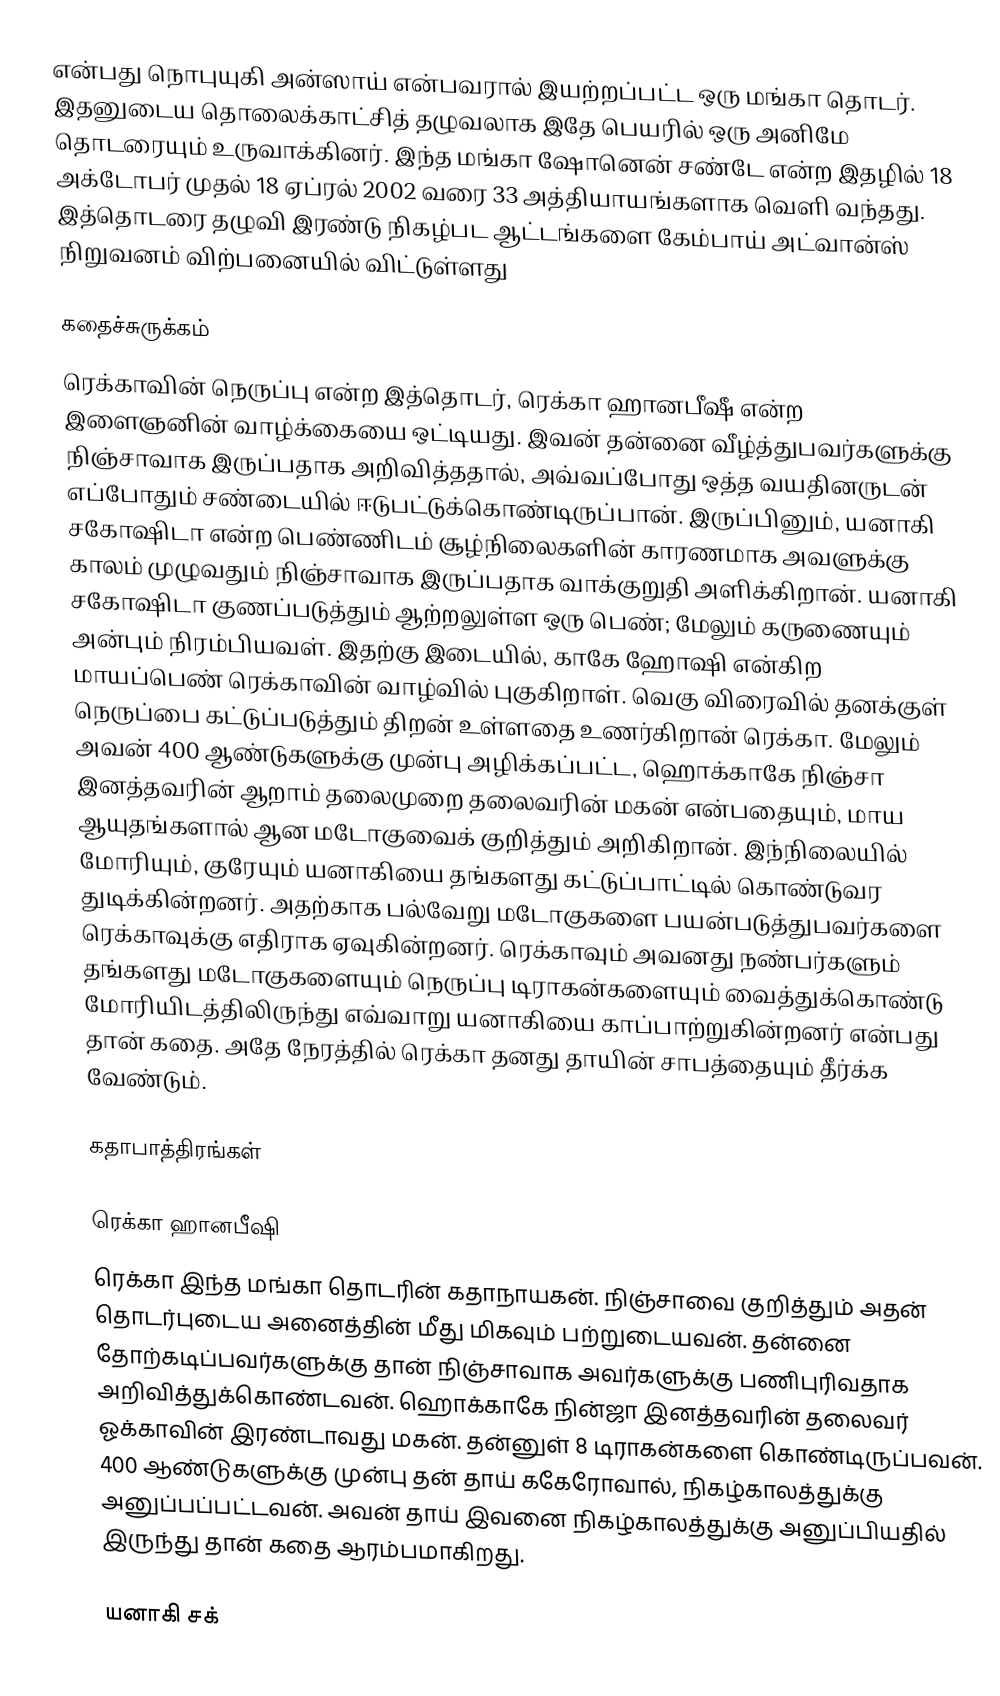
என்பது நொபுயுகி அன்ஸாய் என்பவரால் இயற்றப்பட்ட ஒரு மங்கா தொடர். இதனுடைய தொலைக்காட்சித் தழுவலாக இதே பெயரில் ஒரு அனிமே தொடரையும் உருவாக்கினர். இந்த மங்கா ஷோனென் சண்டே என்ற இதழில் 18 அக்டோபர் முதல் 18 ஏப்ரல் 2002 வரை 33 அத்தியாயங்களாக வெளி வந்தது. இத்தொடரை தழுவி இரண்டு நிகழ்பட ஆட்டங்களை கேம்பாய் அட்வான்ஸ் நிறுவனம் விற்பனையில் விட்டுள்ளது

கதைச்சுருக்கம்
ரெக்காவின் நெருப்பு என்ற இத்தொடர், ரெக்கா ஹானபீஷீ என்ற இளைஞனின் வாழ்க்கையை ஒட்டியது. இவன் தன்னை வீழ்த்துபவர்களுக்கு நிஞ்சாவாக இருப்பதாக அறிவித்ததால், அவ்வப்போது ஒத்த வயதினருடன் எப்போதும் சண்டையில் ஈடுபட்டுக்கொண்டிருப்பான். இருப்பினும், யனாகி சகோஷிடா என்ற பெண்ணிடம் சூழ்நிலைகளின் காரணமாக அவளுக்கு காலம் முழுவதும் நிஞ்சாவாக இருப்பதாக வாக்குறுதி அளிக்கிறான். யனாகி சகோஷிடா குணப்படுத்தும் ஆற்றலுள்ள ஒரு பெண்; மேலும் கருணையும் அன்பும் நிரம்பியவள். இதற்கு இடையில், காகே ஹோஷி என்கிற மாயப்பெண் ரெக்காவின் வாழ்வில் புகுகிறாள். வெகு விரைவில் தனக்குள் நெருப்பை கட்டுப்படுத்தும் திறன் உள்ளதை உணர்கிறான் ரெக்கா. மேலும் அவன் 400 ஆண்டுகளுக்கு முன்பு அழிக்கப்பட்ட, ஹொக்காகே நிஞ்சா இனத்தவரின் ஆறாம் தலைமுறை தலைவரின் மகன் என்பதையும், மாய ஆயுதங்களால் ஆன மடோகுவைக் குறித்தும் அறிகிறான். இந்நிலையில் மோரியும், குரேயும் யனாகியை தங்களது கட்டுப்பாட்டில் கொண்டுவர துடிக்கின்றனர். அதற்காக பல்வேறு மடோகுகளை பயன்படுத்துபவர்களை ரெக்காவுக்கு எதிராக ஏவுகின்றனர். ரெக்காவும் அவனது நண்பர்களும் தங்களது மடோகுகளையும் நெருப்பு டிராகன்களையும் வைத்துக்கொண்டு மோரியிடத்திலிருந்து எவ்வாறு யனாகியை காப்பாற்றுகின்றனர் என்பது தான் கதை. அதே நேரத்தில் ரெக்கா தனது தாயின் சாபத்தையும் தீர்க்க வேண்டும்.

கதாபாத்திரங்கள்

ரெக்கா ஹானபீஷி
ரெக்கா இந்த மங்கா தொடரின் கதாநாயகன். நிஞ்சாவை குறித்தும் அதன் தொடர்புடைய அனைத்தின் மீது மிகவும் பற்றுடையவன். தன்னை தோற்கடிப்பவர்களுக்கு தான் நிஞ்சாவாக அவர்களுக்கு பணிபுரிவதாக அறிவித்துக்கொண்டவன். ஹொக்காகே நின்ஜா இனத்தவரின் தலைவர் ஓக்காவின் இரண்டாவது மகன். தன்னுள் 8 டிராகன்களை கொண்டிருப்பவன். 400 ஆண்டுகளுக்கு முன்பு தன் தாய் ககேரோவால், நிகழ்காலத்துக்கு அனுப்பப்பட்டவன். அவன் தாய் இவனை நிகழ்காலத்துக்கு அனுப்பியதில் இருந்து தான் கதை ஆரம்பமாகிறது.

யனாகி சக்